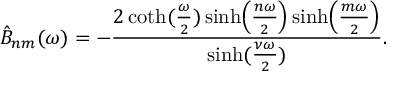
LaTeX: \hat { B } _ { n m } ( \omega ) = - { \frac { 2 \coth ( { \frac { \omega } { 2 } } ) \sinh \Bigl ( { \frac { n \omega } { 2 } } \Bigr ) \sinh \Bigl ( { \frac { m \omega } { 2 } } \Bigr ) } { \sinh ( { \frac { \nu \omega } { 2 } } ) } } .